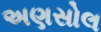
અણસોલ